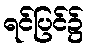
ရင်ပြင်၌